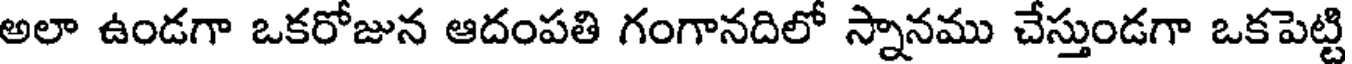
అలా ఉండగా ఒకరోజున ఆదంపతి గంగానదిలో స్నానము చేస్తుండగా ఒకపెట్టి